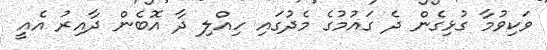
ވަކިވުމާ ގުޅިގެން ދެ ގައުމުގެ މެދުގައި ހިއްލި ދާ އޮބެން ދާއިރު އެއީ